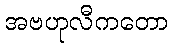
အဗဟုလီကတော